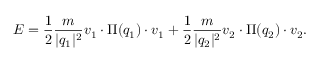
E = \frac { 1 } { 2 } \frac { m } { \vert q _ { 1 } \vert ^ { 2 } } v _ { 1 } \cdot \Pi ( q _ { 1 } ) \cdot v _ { 1 } + \frac { 1 } { 2 } \frac { m } { \vert q _ { 2 } \vert ^ { 2 } } v _ { 2 } \cdot \Pi ( q _ { 2 } ) \cdot v _ { 2 } .